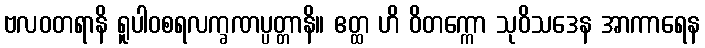
ဗလဝတရာနိ ရူပါဝစရလက္ခဏပ္ပတ္တာနိ။ ဧတ္ထ ဟိ ဝိတက္ကော သုဝိသဒေန အာကာရေန